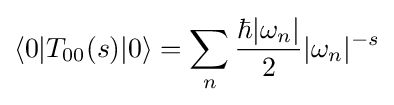
\langle 0|T_{00}(s)|0\rangle =\sum _{n}{\frac {\hbar |\omega _{n}|}{2}}|\omega _{n}|^{-s}